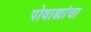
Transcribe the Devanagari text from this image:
पोवाड्यांचा